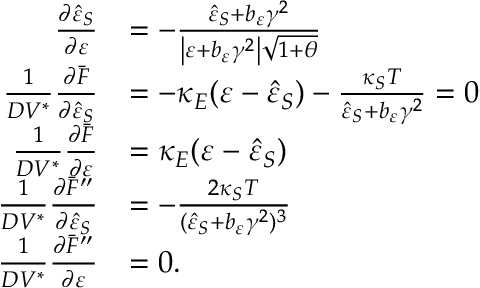
\begin{array} { r l } { \frac { \partial \hat { \varepsilon } _ { S } } { \partial \varepsilon } } & { = - \frac { \hat { \varepsilon } _ { S } + b _ { \varepsilon } \gamma ^ { 2 } } { \left\vert \varepsilon + b _ { \varepsilon } \gamma ^ { 2 } \right\vert \sqrt { 1 + \theta } } } \\ { \frac { 1 } { D V ^ { \ast } } \frac { \partial \bar { F } } { \partial \hat { \varepsilon } _ { S } } } & { = - \kappa _ { E } ( \varepsilon - \hat { \varepsilon } _ { S } ) - \frac { \kappa _ { S } T } { \hat { \varepsilon } _ { S } + b _ { \varepsilon } \gamma ^ { 2 } } = 0 } \\ { \frac { 1 } { D V ^ { \ast } } \frac { \partial \bar { F } } { \partial \varepsilon } } & { = \kappa _ { E } ( \varepsilon - \hat { \varepsilon } _ { S } ) } \\ { \frac { 1 } { D V ^ { \ast } } \frac { \partial \bar { F } ^ { \prime \prime } } { \partial \hat { \varepsilon } _ { S } } } & { = - \frac { 2 \kappa _ { S } T } { ( \hat { \varepsilon } _ { S } + b _ { \varepsilon } \gamma ^ { 2 } ) ^ { 3 } } } \\ { \frac { 1 } { D V ^ { \ast } } \frac { \partial \bar { F } ^ { \prime \prime } } { \partial \varepsilon } } & { = 0 . } \end{array}